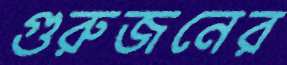
গুরুজনের